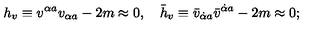
h _ { v } \equiv v ^ { \alpha a } v _ { \alpha a } - 2 m \approx 0 , \quad \bar { h } _ { v } \equiv \bar { v } _ { \dot { \alpha } a } \bar { v } ^ { \dot { \alpha } a } - 2 m \approx 0 ;